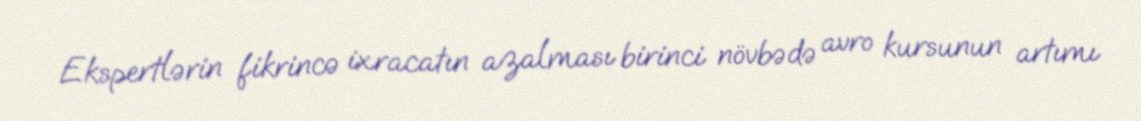
Ekspertlərin fikrincə ixracatın azalması birinci növbədə avro kursunun artımı